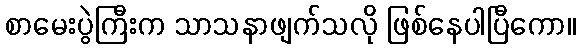
စာမေးပွဲကြီးက သာသနာဖျက်သလို ဖြစ်နေပါပြီကော။